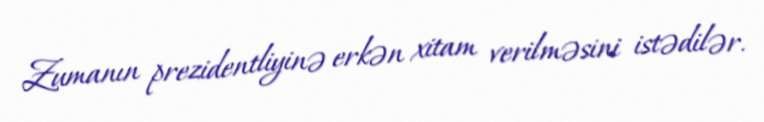
Zumanın prezidentliyinə erkən xitam verilməsini istədilər.